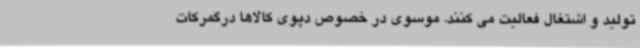
تولید و اشتغال فعالیت می کنند. موسوی در خصوص دپوی کالاها درگمرکات